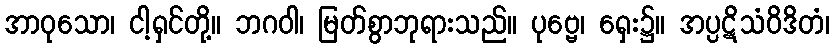
အာဝုသော၊ ငါ့ရှင်တို့။ ဘဂဝါ၊ မြတ်စွာဘုရားသည်။ ပုဗ္ဗေ၊ ရှေး၌။ အပ္ပဋိသံဝိဒိတံ၊